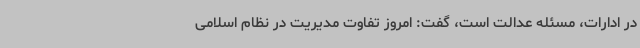
در ادارات، مسئله عدالت است، گفت: امروز تفاوت مدیریت در نظام اسلامی